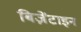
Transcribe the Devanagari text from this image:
बिज़ेंटाइन